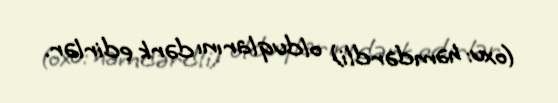
(oxu: həmdərdli) olduqlarını dərk edirlər.